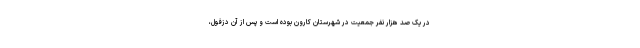
در یک صد هزار نفر جمعیت در شهرستان کارون بوده است و پس از آن دزفول،